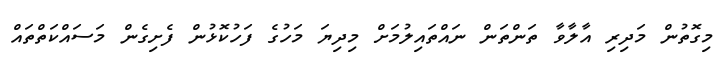
މިގޮތުން މަދިރި އާލާވާ ތަންތަން ނައްތައިލުމަށް މިދިޔަ މަހުގެ ފަހުކޮޅުން ފެށިގެން މަސައްކަތްތައް